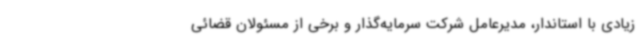
زیادی با استاندار، مدیرعامل شرکت سرمایه‌گذار و برخی از مسئولان قضائی